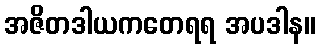
အဇိတဒါယကတေရရ အပဒါန။